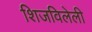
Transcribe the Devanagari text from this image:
शिजविलेली